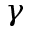
\gamma